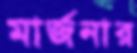
মার্জনার